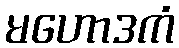
မဟောဒကံ